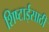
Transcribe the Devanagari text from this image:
शिष्टाईसाठी